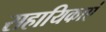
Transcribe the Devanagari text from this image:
सहायिकाएं